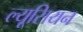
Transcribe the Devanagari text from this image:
ल्यूसियन